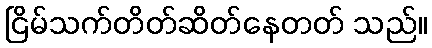
ငြိမ်သက်တိတ်ဆိတ်နေတတ် သည်။